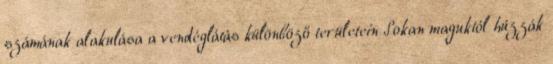
számának alakulása a vendéglátás különböző területein Sokan maguktól húzzák